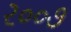
ર૦૦૭